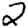
Digit: 2